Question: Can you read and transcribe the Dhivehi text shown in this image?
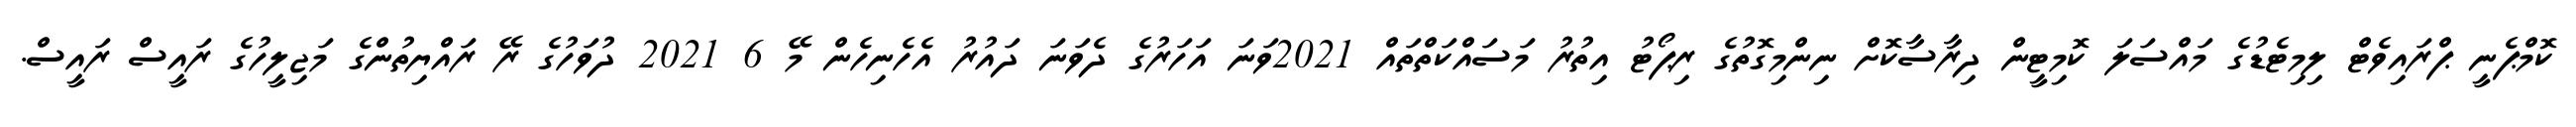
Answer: ކޮމްޕެނީ ޕްރައިވެޓް ލިމިޓެޑުގެ މައްސަލަ ކޮމިޓީން ދިރާސާކޮށް ނިންމިގޮތުގެ ރިޕޯޓު އިތުރު މަސައްކަތްތައް 2021ވަނަ އަހަރުގެ ދެވަނަ ދައުރު އެހެނިހެން މޭ 6 2021 ދުވަހުގެ ރޭ ރައްޔިތުންގެ މަޖިލީހުގެ ރައީސް ރައީސް.